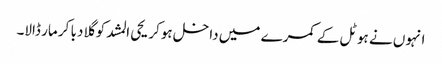
انہوں نے ہوٹل کے کمرے میں داخل ہوکر یحی المشد کو گلا دبا کر مار ڈالا۔